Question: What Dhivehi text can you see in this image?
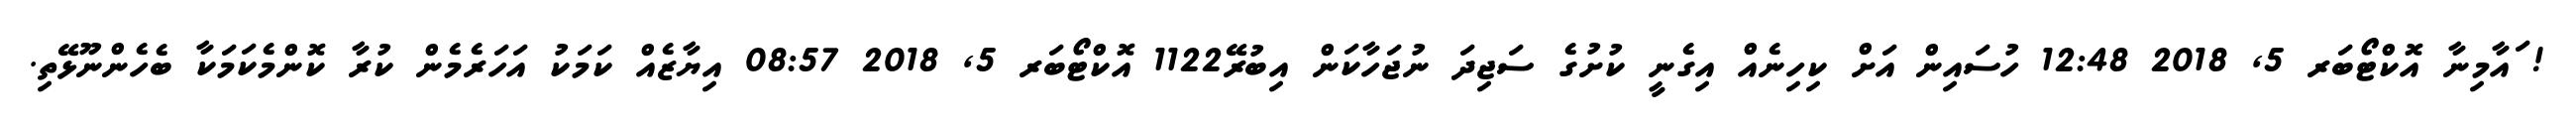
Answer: ! ައާމިނާ އޮކްޓޯބަރ 5, 2018 12:48 ހުސައިން އަށް ކިހިނެއް އިގެނީ ކުށުގެ ސަޖިދަ ނުޖަހާކަން އިބުރޭ1122 އޮކްޓޯބަރ 5, 2018 08:57 އިޔާޒެއް ކަމަކު އަހަރެމެން ކުރާ ކޮންމެކަމަކާ ބެހެންނޫޅޭތި.